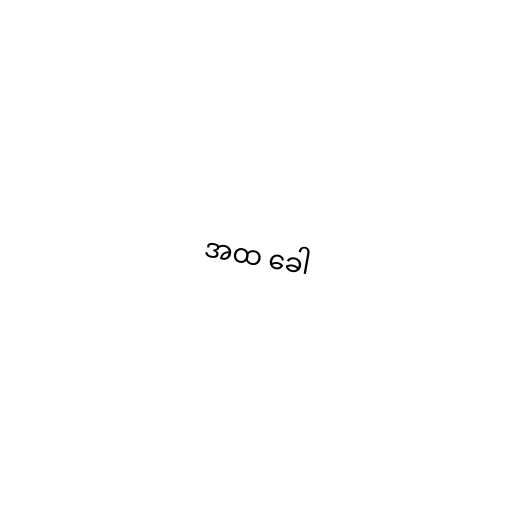
အထ ခေါ